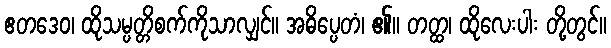
ဧတဒေဝ၊ ထိုသမ္ပတ္တိစက်ကိုသာလျှင်။ အဓိပ္ပေတံ၊ ၏။ တတ္ထ၊ ထိုလေးပါး တို့တွင်။